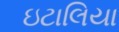
ઇટાલિયા